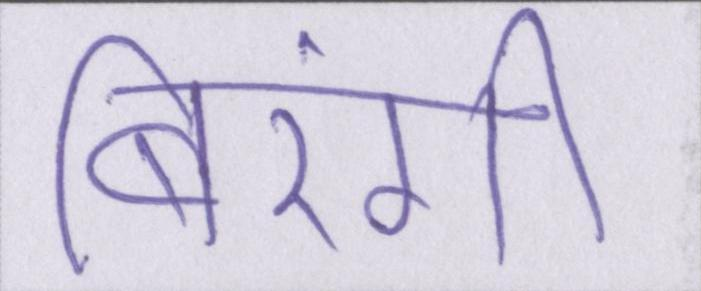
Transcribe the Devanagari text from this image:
बिरंगी